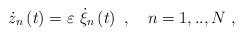
LaTeX: \begin{align*}\dot{z}_{n}\left( t\right) =\varepsilon ~\dot{\xi}_{n}\left( t\right)~,~~~n=1,..,N~,\end{align*}